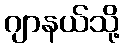
ဂျာနယ်သို့